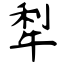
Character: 犁